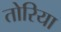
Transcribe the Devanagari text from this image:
तोरिया